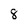
Character: 8